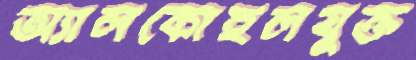
অ্যালকোহলযুক্ত